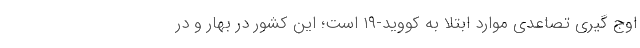
اوج گیری تصاعدی موارد ابتلا به کووید-۱۹ است؛ این کشور در بهار و در